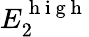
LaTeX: E_{2}^{\mathrm{~h~i~g~h~}}